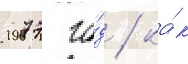
1977 го́д / ка́к